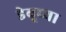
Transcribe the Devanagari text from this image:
डेबूच्या